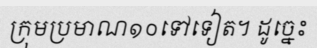
ក្រុមប្រមាណ១០ទៅទៀត។ ដូច្នេះ